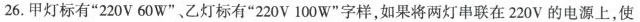
26.甲灯标有”220V60W”、乙灯标有”220V100W”字样，如果将两灯串联在220V的电源上，使用